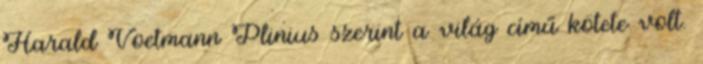
Harald Voetmann Plinius szerint a világ című kötete volt.